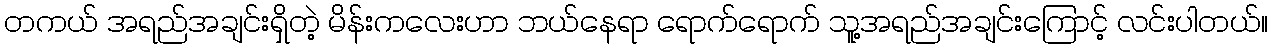
တကယ် အရည်အချင်းရှိတဲ့ မိန်းကလေးဟာ ဘယ်နေရာ ရောက်ရောက် သူ့အရည်အချင်းကြောင့် လင်းပါတယ်။